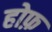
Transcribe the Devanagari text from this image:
होफ़